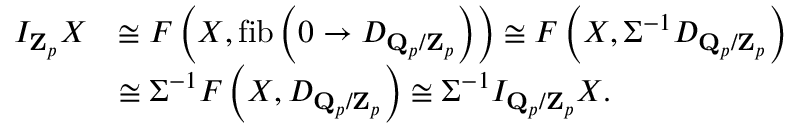
\begin{array} { r l } { I _ { \mathbf { Z } _ { p } } X } & { \cong F \left( X , \operatorname * { f i b } \left( 0 \rightarrow D _ { \mathbf { Q } _ { p } / \mathbf { Z } _ { p } } \right) \right) \cong F \left( X , \Sigma ^ { - 1 } D _ { \mathbf { Q } _ { p } / \mathbf { Z } _ { p } } \right) } \\ & { \cong \Sigma ^ { - 1 } F \left( X , D _ { \mathbf { Q } _ { p } / \mathbf { Z } _ { p } } \right) \cong \Sigma ^ { - 1 } I _ { \mathbf { Q } _ { p } / \mathbf { Z } _ { p } } X \mathrm { . } } \end{array}